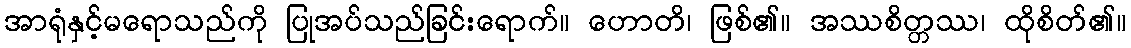
အာရုံနှင့်မရောသည်ကို ပြုအပ်သည်ခြင်းရောက်။ ဟောတိ၊ ဖြစ်၏။ အဿစိတ္တဿ၊ ထိုစိတ်၏။